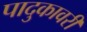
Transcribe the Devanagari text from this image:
पादुकावरी